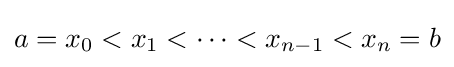
a=x_{0}<x_{1}<\cdots <x_{n-1}<x_{n}=b